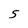
Character: 5